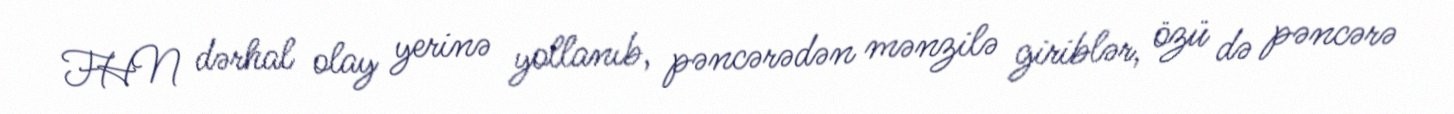
FHN dərhal olay yerinə yollanıb, pəncərədən mənzilə giriblər, özü də pəncərə